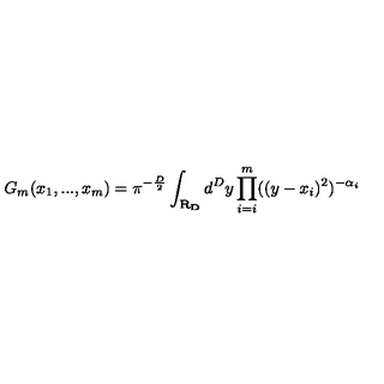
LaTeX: G _ { m } ( x _ { 1 } , . . . , x _ { m } ) = \pi ^ { - \frac { D } { 2 } } \int _ { \bf { R } _ { D } } d ^ { D } y \prod _ { i = i } ^ { m } ( ( y - x _ { i } ) ^ { 2 } ) ^ { - \alpha _ { i } }